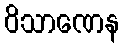
ဝိသာဏေန